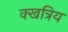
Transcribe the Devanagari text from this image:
क्खत्रिय